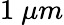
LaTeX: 1\ \mu m